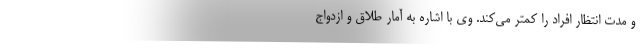
و مدت انتظار افراد را کمتر می‌کند. وی با اشاره به آمار طلاق و ازدواج